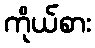
ကိုယ်စား